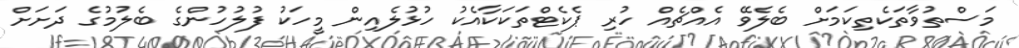
މަސްތުވާތަކެތިކަމަށް ބެލެވޭ އެއްޗެއް ހުރި ޕެކެޓްތަކަކާއެކު ހުޅުލެއިން މީހަކު ފުލުހުންގެ ބެލުމުގެ ދަށަށް